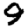
Digit: 9